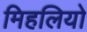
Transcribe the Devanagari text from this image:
मिहलियो